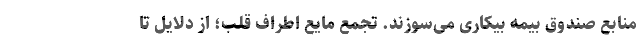
منابع صندوق بیمه بیکاری می‌سوزند. تجمع مایع اطراف قلب؛ از دلایل تا